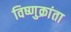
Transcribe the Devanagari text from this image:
विष्णुक्रांता